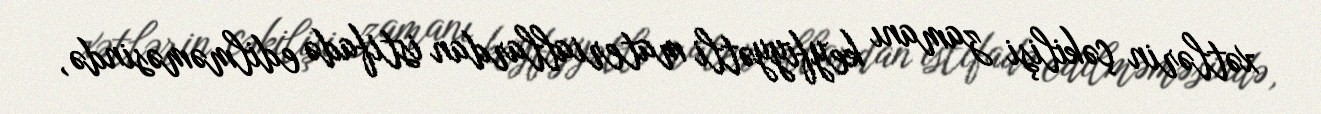
xətlərin çəkilişi zamanı keyfiyyətli materiallardan istifadə edilməməsində,